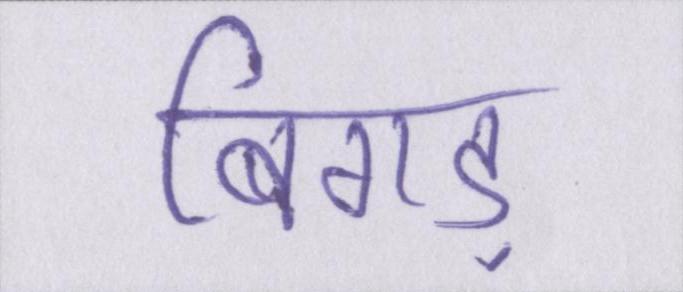
बिगड़